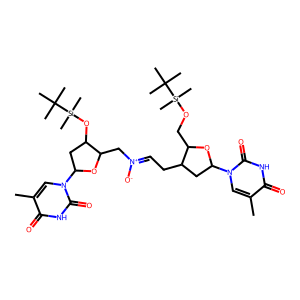
SMILES: Cc1cn(C2CC(CC=[N+]([O-])CC3OC(n4cc(C)c(=O)[nH]c4=O)CC3O[Si](C)(C)C(C)(C)C)C(CO[Si](C)(C)C(C)(C)C)O2)c(=O)[nH]c1=O
Inhibits HIV replication: No